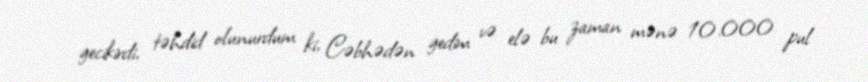
gecikirdi, təhdid olunurdum ki, Cəbhədən gedim və elə bu zaman mənə 10.000 pul